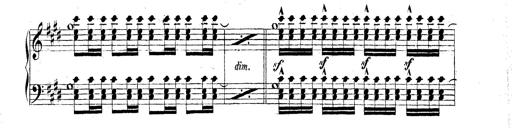
Title: Technische Studien
Composer: Franz Liszt